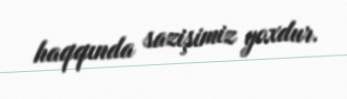
haqqında sazişimiz yoxdur.